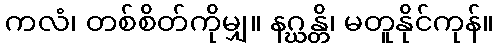
ကလံ၊ တစ်စိတ်ကိုမျှ။ နဂ္ဃန္တိ၊ မတူနိုင်ကုန်။